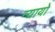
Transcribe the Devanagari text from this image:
न्यायो